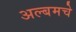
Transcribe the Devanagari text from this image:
अल्बमचे